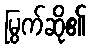
မြွက်ဆို၏